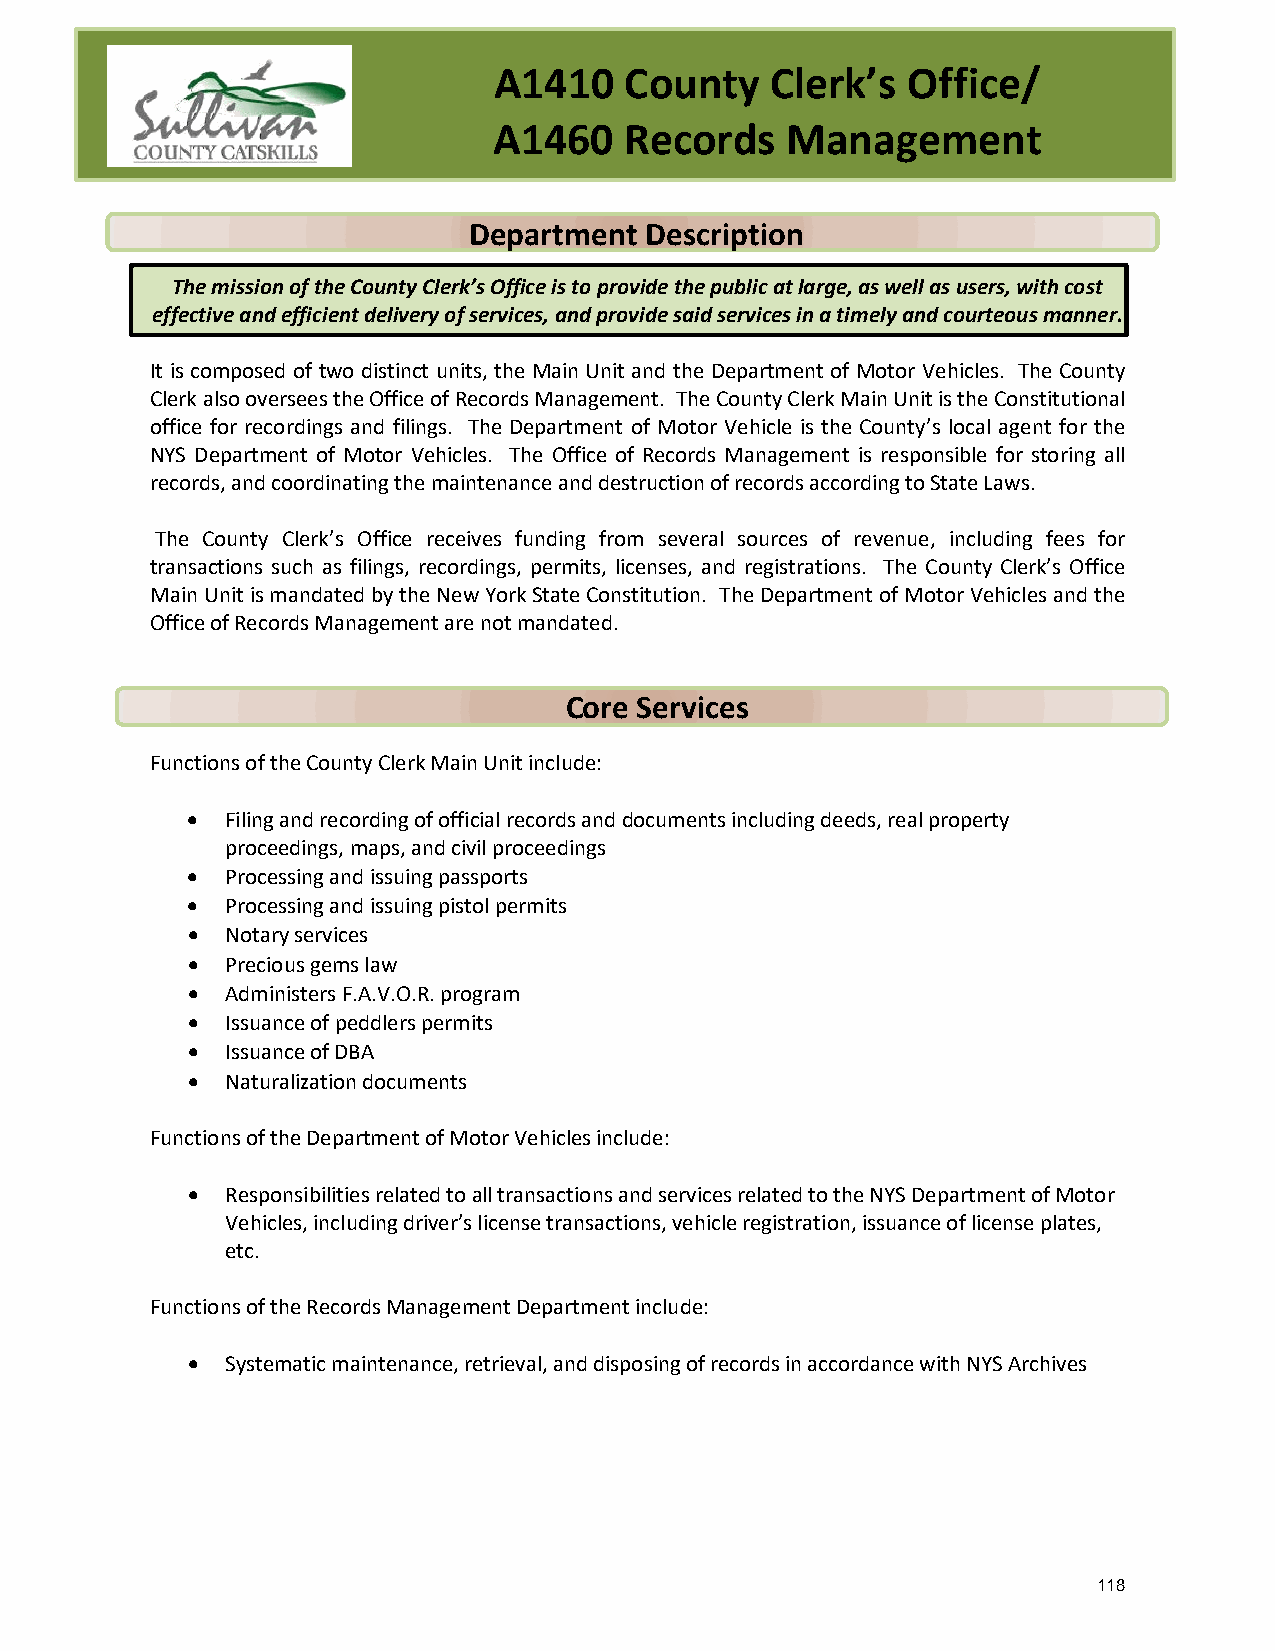
A1410   County    Clerk’s  Office/
 A1460   Records    Management
 Department  Description
 The mission of the County Clerk’s Office is to provide the public at large, as well as users, with cost
 effective and efficient delivery of services, and provide said services in a timely and courteous manner.
 It is composed of two distinct units, the Main Unit and the Department of Motor Vehicles. The County
 Clerk also oversees the Office of Records Management. The County Clerk Main Unit is the Constitutional
 office for recordings and filings. The Department of Motor Vehicle is the County’s local agent for the
 NYS Department of Motor Vehicles. The Office of Records Management is responsible for storing all
 records, and coordinating the maintenance and destruction of records according to State Laws.
 The County Clerk’s Office receives funding from several sources of revenue, including fees for
 transactions such as filings, recordings, permits, licenses, and registrations. The County Clerk’s Office
 Main Unit is mandated by the New York State Constitution. The Department of Motor Vehicles and the
 Office of Records Management are not mandated.
 Core Services
 Functions of the County Clerk Main Unit include:
 •  Filing and recording of official records and documents including deeds, real property
 proceedings, maps, and civil proceedings
 •  Processing and issuing passports
 •  Processing and issuing pistol permits
 •  Notary services
 •  Precious gems law
 •  Administers F.A.V.O.R. program
 •  Issuance of peddlers permits
 •  Issuance of DBA
 •  Naturalization documents
 Functions of the Department of Motor Vehicles include:
 •  Responsibilities related to all transactions and services related to the NYS Department of Motor
 Vehicles, including driver’s license transactions, vehicle registration, issuance of license plates,
 etc.
 Functions of the Records Management Department include:
 •  Systematic maintenance, retrieval, and disposing of records in accordance with NYS Archives
 118